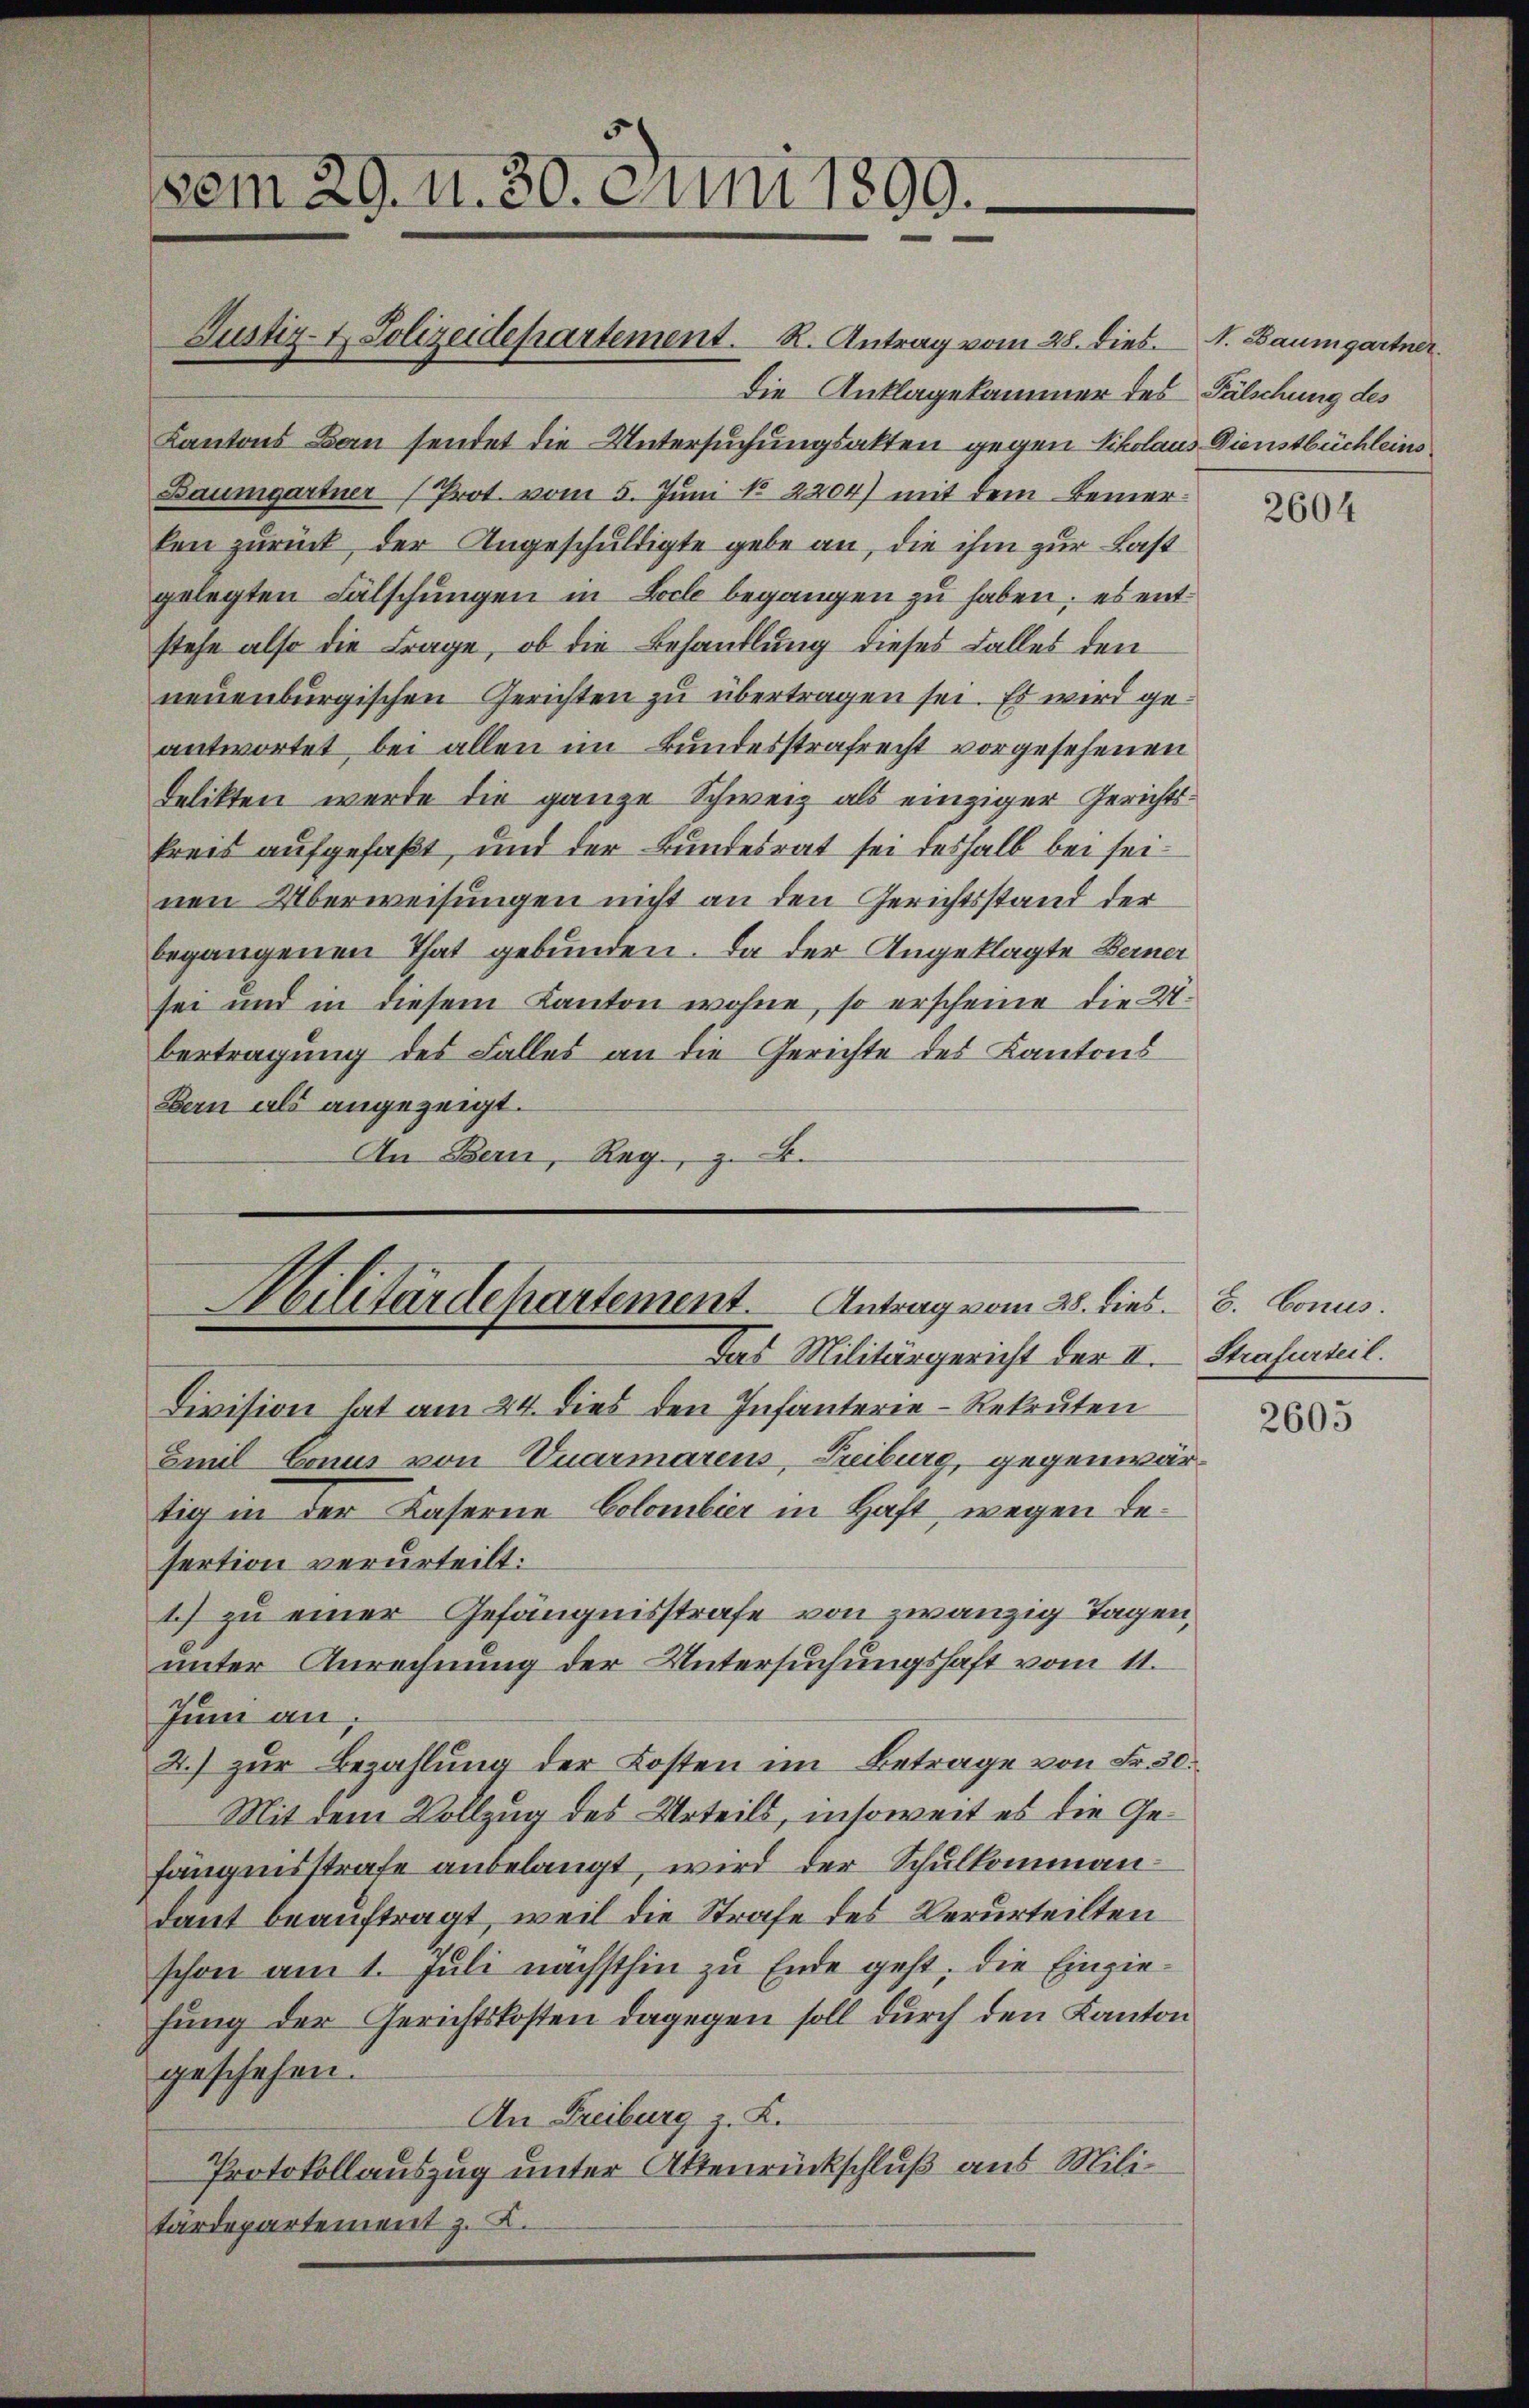
Die Anklagekammer des Fälschung des
Kantons Bau sendet die Untersuchungsakten gegen Nikolaus Dienstbüchleins
Baumgartner (Prot. vom 5. Juni No 2204) mit dem Bemerken zurück der Angeschuldigte gebe an, die ihm zur Last
gelegten Fälschungen in Bele begangen zu haben; es entstehe also die Frage, ob die Behandlung dieses Falles den
neuenburgischen Gerichten zu übertragen sei. Es wird geantwortet, bei allen im Bundesstrafrecht vorgesehenen
Delikten werde die ganze Schweiz als einziger Gerichtskreis aufgefaßt, und der Bundesrat sei deshalb bei seinen Überweisungen nicht an den Gerichtsstand der
begangenen That gebunden. Da der Angeklagte Berner
sei und in diesem Kanton wohne, so erscheine die U.
bertragung des Falles an die Gerichte des Kantons
Bern als angezeigt.
An Bern, Reg. z. B.

vom 29. u. 30. Juni 1899.-

Justiz- & Polizeidepartement. R. Antrag vom 28. dies. 1. Baumgartner.

Militärdepartement. Antrag vom 28. dies. 8. bonus
Tas Militärgericht der II. Strafurteil.
Division hat am 24. dies den Infanterie-Rekruten

Emil Conus von Vuarmarens, Freiburg, gegenwärtig in der Kaserne Colombier in Haft, wegen Besertion verurteilt:
1) zu einer Gefängnisstrafe von zwanzig Tagen,
unter Anrechnung der Untersuchungshaft vom 11.
Juni an,
2.) zur Bezahlung der Kosten im Betrage von Fr. 30.
Mit dem Vollzug des Urteils, insoweit es die Gefängnisstrafe anbelangt, wird der Schulkommandant beauftragt, weil die Strafe des Verurteilten
schon am 1. Juli nächsthin zu Ende geht, die Einziehung der Gerichtskosten dagegen soll durch den Kanton
geschehen.
An Freiburg: 2.
Protokollauszug unter Aktenrückschluß aus Militärdepartement z. B.

2604

2605